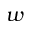
w